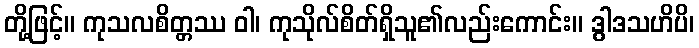
တို့ဖြင့်။ ကုသလစိတ္တဿ ဝါ၊ ကုသိုလ်စိတ်ရှိသူ၏လည်းကောင်း။ ဒွါဒသဟိပိ၊